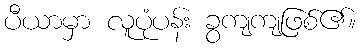
ပီယာမှာ လူပုံပန်း ခွကျကျဖြစ်၏။